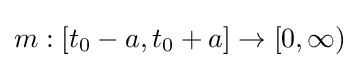
m:[t_{0}-a,t_{0}+a]\to [0,\infty )